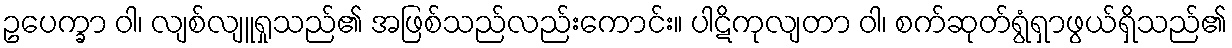
ဥပေက္ခာ ဝါ၊ လျစ်လျူရှုသည်၏ အဖြစ်သည်လည်းကောင်း။ ပါဋိကုလျတာ ဝါ၊ စက်ဆုတ်ရွံရှာဖွယ်ရှိသည်၏